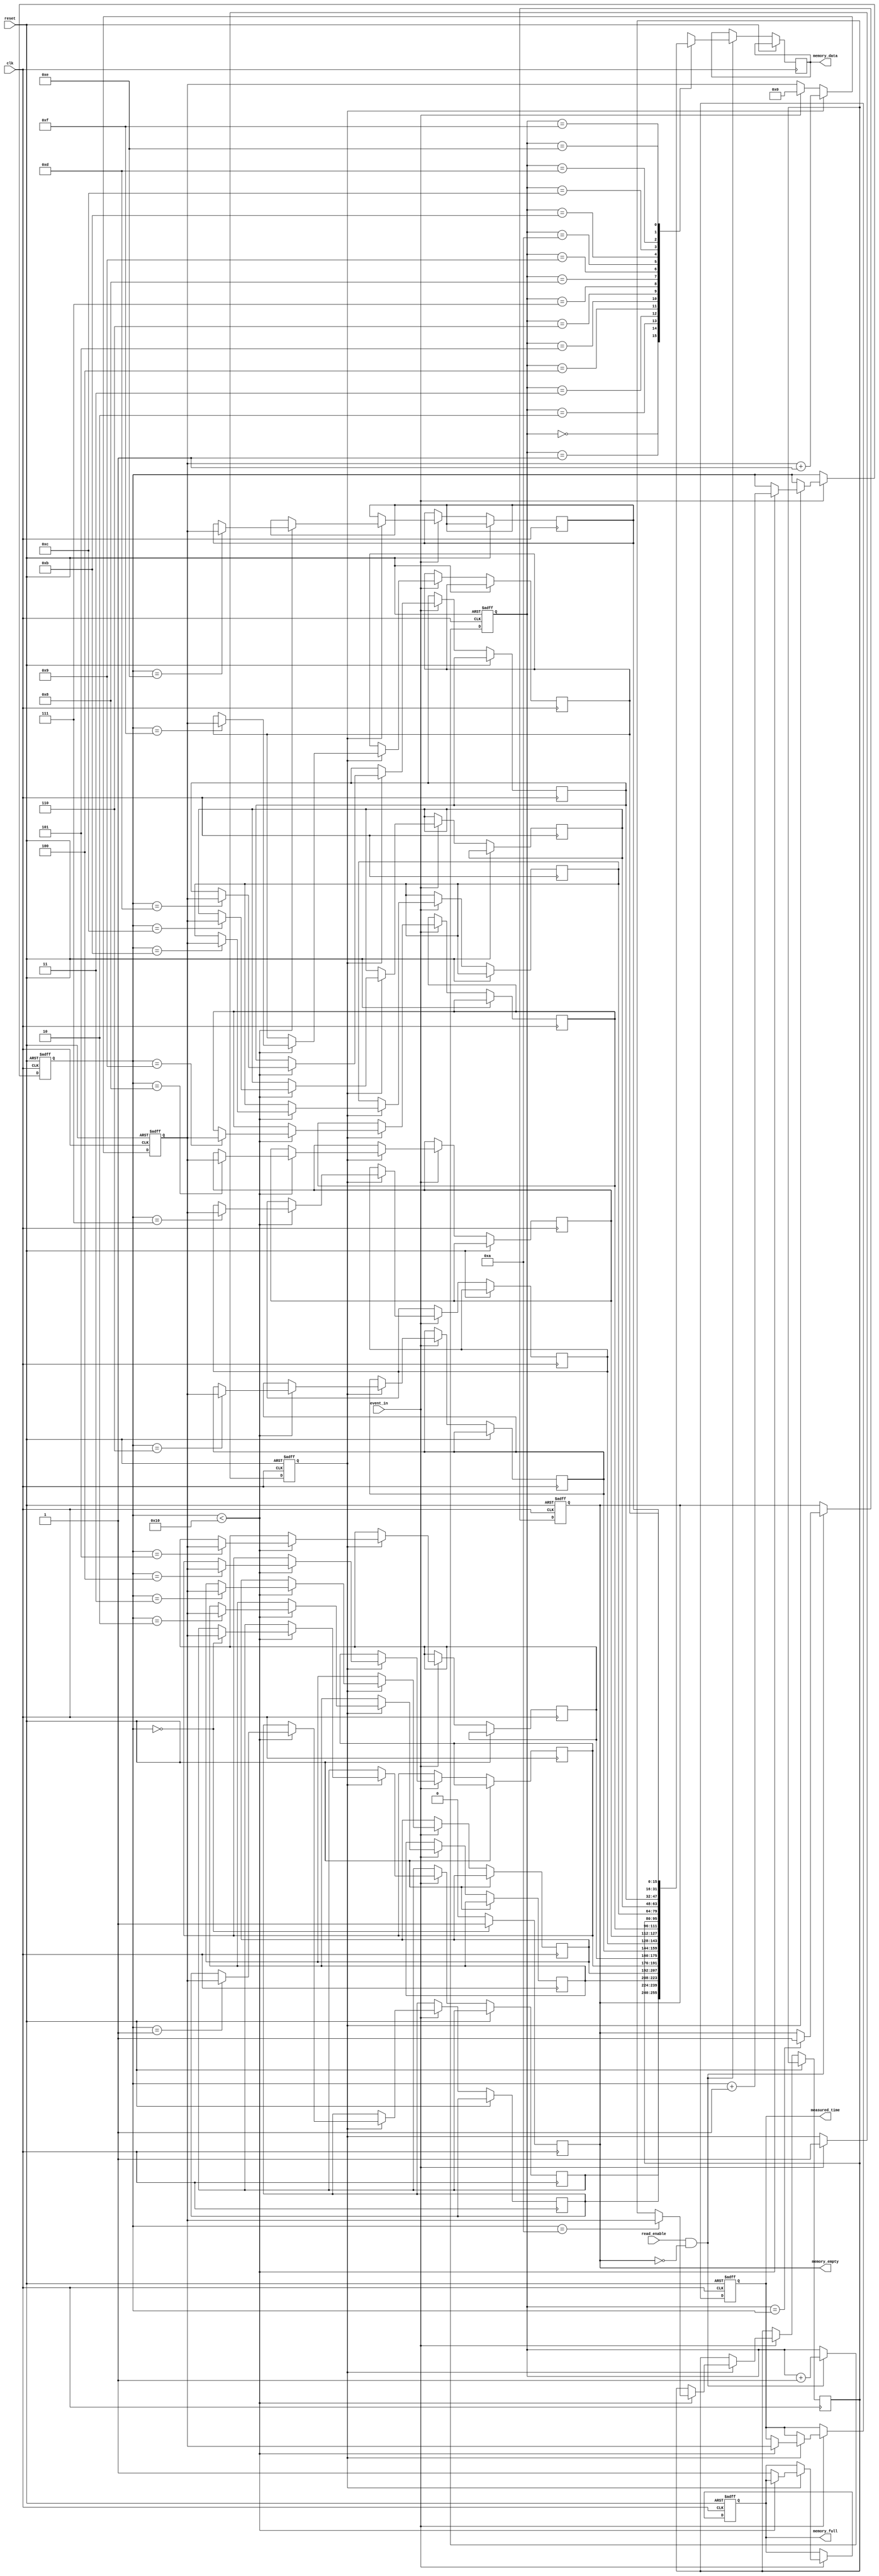
module TDC (
    input wire clk,                  // System clock
    input wire reset,                // Asynchronous reset
    input wire event_in,             // Input event signal
    input wire read_enable,           // Signal to read from memory
    output reg [15:0] measured_time,  // Output measured time
    output reg [15:0] memory_data,    // Data read from memory
    output reg memory_full,           // Indicate memory full
    output reg memory_empty           // Indicate memory empty
);

    // Parameters
    parameter MEMORY_DEPTH = 16;      // Depth of memory
    parameter TIME_WIDTH = 16;         // Width of time measurement

    // Internal Signals
    reg [TIME_WIDTH-1:0] counter;     // Time counter
    reg [TIME_WIDTH-1:0] memory [0:MEMORY_DEPTH-1]; // Memory array
    reg [3:0] write_pointer;           // Write pointer for memory
    reg [3:0] read_pointer;            // Read pointer for memory
    reg measuring;                     // Measuring state flag

    // Event Detection and Time Measurement
    always @(posedge clk or posedge reset) begin
        if (reset) begin
            counter <= 0;
            write_pointer <= 0;
            read_pointer <= 0;
            measuring <= 0;
            memory_full <= 0;
            memory_empty <= 1;
            measured_time <= 0;
        end else begin
            // Edge Detection
            if (event_in) begin
                if (!measuring) begin
                    // Start measuring on rising edge
                    measuring <= 1;
                    counter <= 0; // Reset counter
                end else begin
                    // Store measured time on the next rising edge
                    if (write_pointer < MEMORY_DEPTH) begin
                        memory[write_pointer] <= counter; // Store time
                        write_pointer <= write_pointer + 1;
                        measured_time <= counter; // Output measured time
                        counter <= 0; // Reset counter for next measurement
                    end else begin
                        memory_full <= 1; // Memory full
                    end
                end
            end

            // Increment counter while measuring
            if (measuring) begin
                counter <= counter + 1;
            end

            // Memory read operation
            if (read_enable && !memory_empty) begin
                memory_data <= memory[read_pointer]; // Read data from memory
                read_pointer <= read_pointer + 1;
                if (read_pointer == write_pointer) begin
                    memory_empty <= 1; // Reset empty flag if all data read
                end
            end
        end
    end

    // Memory Empty Flag
    always @(posedge clk) begin
        if (write_pointer == 0) begin
            memory_empty <= 1;
        end else begin
            memory_empty <= 0;
        end
    end

endmodule